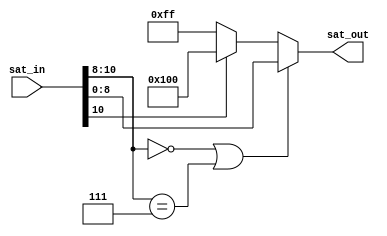
module sat (sat_in, sat_out);
parameter IN_SIZE = 10; 
parameter OUT_SIZE = 8;

input [IN_SIZE:0] sat_in;
output [OUT_SIZE:0] sat_out;

wire[OUT_SIZE:0] max_pos={1'b0,{OUT_SIZE{1'b1}}};
wire[OUT_SIZE:0] max_neg={1'b1,{OUT_SIZE{1'b0}}};

assign sat_out =
	((sat_in[IN_SIZE:OUT_SIZE]=={IN_SIZE-OUT_SIZE+1{1'b0}}) ||
	(sat_in[IN_SIZE:OUT_SIZE]=={IN_SIZE-OUT_SIZE+1{1'b1}}))?
	sat_in[OUT_SIZE:0]:((sat_in[IN_SIZE])?max_neg:max_pos);
endmodule